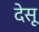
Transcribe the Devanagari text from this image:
देसू